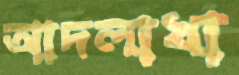
আদলাখা